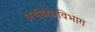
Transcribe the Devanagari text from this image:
अर्थबोधविभाग